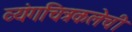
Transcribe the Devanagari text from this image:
व्यंगचित्रकलेची